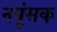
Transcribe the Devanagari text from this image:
नपूंसक